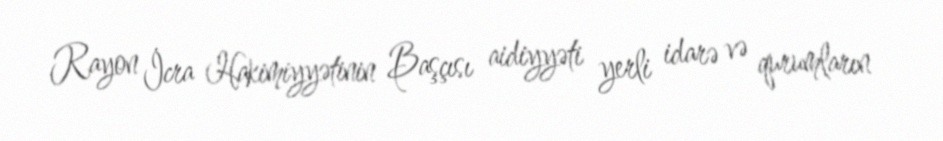
Rayon İcra Hakimiyyətinin Başçısı aidiyyəti yerli idarə və qurumların